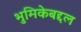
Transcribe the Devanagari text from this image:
भुमिकेबद्दल